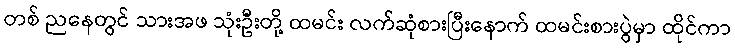
တစ် ညနေတွင် သားအဖ သုံးဦးတို့ ထမင်း လက်ဆုံစားပြီးနောက် ထမင်းစားပွဲမှာ ထိုင်ကာ